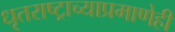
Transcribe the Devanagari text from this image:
धृतराष्ट्राच्याप्रमाणेही